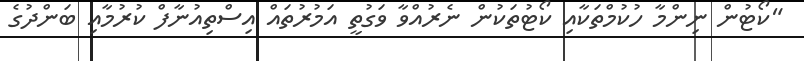
"ކޯޓުން ނިންމާ ހުކުމްތަކާއި ކޯޓުތަކުން ނެރުއްވާ ވަގުތީ އަމުރުތައް އިސްތިއުނާފް ކުރުމާއި ބަންދުގެ